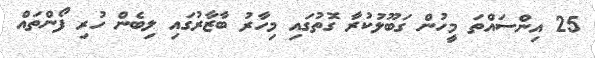
25 އިންސައްތަ މީހުން ގަބޫލުކުރާ ގޮތުގައި މިހާރު ބާޒާރުގައި ލިބެން ހުރި ފޯންތައް